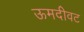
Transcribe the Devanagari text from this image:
ऊमदीवट